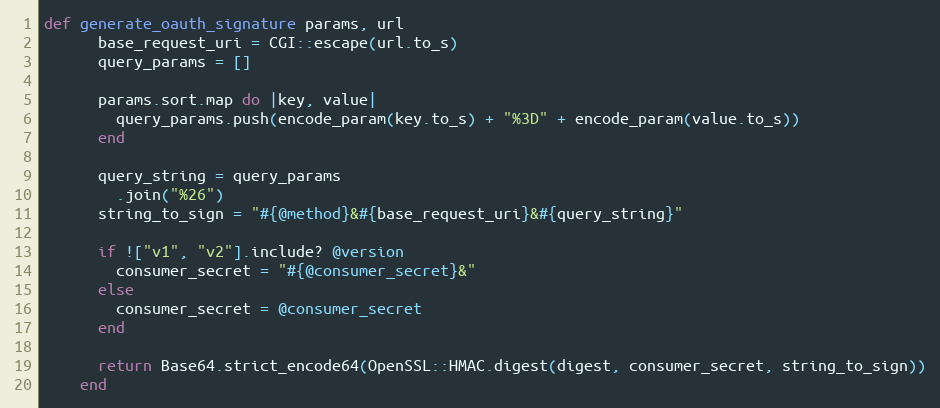
Language: Ruby
def generate_oauth_signature params, url
      base_request_uri = CGI::escape(url.to_s)
      query_params = []

      params.sort.map do |key, value|
        query_params.push(encode_param(key.to_s) + "%3D" + encode_param(value.to_s))
      end

      query_string = query_params
        .join("%26")
      string_to_sign = "#{@method}&#{base_request_uri}&#{query_string}"

      if !["v1", "v2"].include? @version
        consumer_secret = "#{@consumer_secret}&"
      else
        consumer_secret = @consumer_secret
      end

      return Base64.strict_encode64(OpenSSL::HMAC.digest(digest, consumer_secret, string_to_sign))
    end